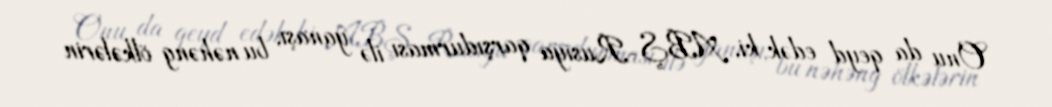
Onu da qeyd edək ki, ABŞ-Rusiya qarşıdurması ilə yanaşı, bu nəhəng ölkələrin